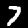
Digit: 7